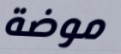
موضة